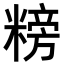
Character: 𥻭